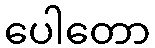
ပေါတော